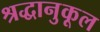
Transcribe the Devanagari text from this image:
श्रद्धानुकूल